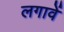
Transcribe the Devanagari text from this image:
लगावें